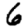
Digit: 6